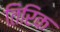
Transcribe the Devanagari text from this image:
तिरिक